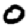
Digit: 0